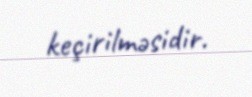
keçirilməsidir.